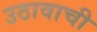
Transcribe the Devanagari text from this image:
उठावाची